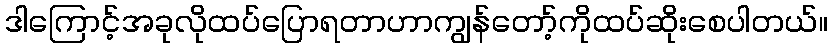
ဒါကြောင့်အခုလိုထပ်ပြောရတာဟာကျွန်တော့်ကိုထပ်ဆိုးစေပါတယ်။